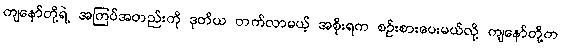
ကျနော်တို့ရဲ့ အကြပ်အတည်းကို ဒုတိယ တက်လာမယ့် အစိုးရက စဉ်းစားပေးမယ်လို့ ကျနော်တို့က